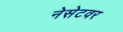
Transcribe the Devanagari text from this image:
नेसेटवर